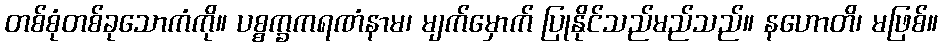
တစ်စုံတစ်ခုသောကံကို။ ပစ္စက္ခကရဏံနာမ၊ မျက်မှောက် ပြုနိုင်သည်မည်သည်။ နဟောတိ၊ မဖြစ်။